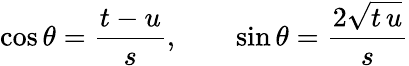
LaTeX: \cos\theta=\frac{t-u}{s},\qquad\sin\theta=\frac{2\sqrt{t\, u}}{s}